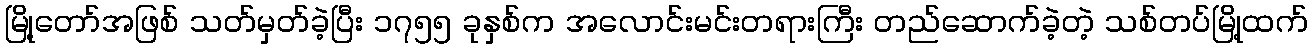
မြို့တော်အဖြစ် သတ်မှတ်ခဲ့ပြီး ၁၇၅၅ ခုနှစ်က အလောင်းမင်းတရားကြီး တည်ဆောက်ခဲ့တဲ့ သစ်တပ်မြို့ထက်